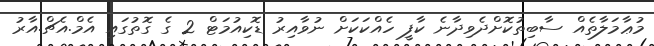
މުޢާމަލާތެއް ސާބިތުކޮށްދެވިދާނެ ކާފީ ހެއްކަކަށް ނުވާއިރު ޑޮކިއުމަޓް 2 ގެ ގޮތުގައި އެމް.އެޗް.އާރު